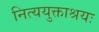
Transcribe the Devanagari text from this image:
नित्ययुक्ताश्रयः